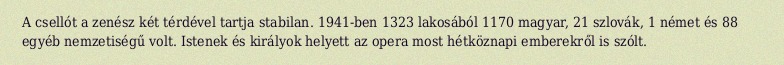
A csellót a zenész két térdével tartja stabilan. 1941-ben 1323 lakosából 1170 magyar, 21 szlovák, 1 német és 88 egyéb nemzetiségű volt. Istenek és királyok helyett az opera most hétköznapi emberekről is szólt.